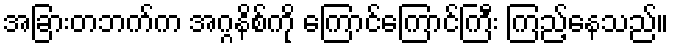
အခြားတဘက်က အဂ္ဂနိစ်ကို ကြောင်ကြောင်ကြီး ကြည့်နေသည်။